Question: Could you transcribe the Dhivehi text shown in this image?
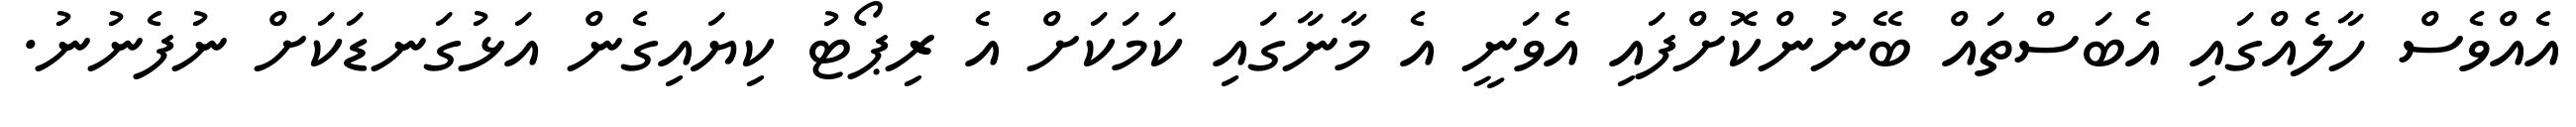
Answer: އެއްވެސް ހާލެއްގައި އެބަސްތައް ބޭނުންކޮށްފައި އެވަނީ އެ މާނާގައި ކަމަކަށް އެ ރިޕޯޓު ކިޔައިގެން އަޅުގަނޑަކަށް ނުފެނުނު.